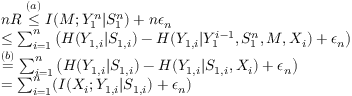
\begin{array} { r l } & { n R \overset { ( a ) } { \leq } I ( M ; Y _ { 1 } ^ { n } | S _ { 1 } ^ { n } ) + n \epsilon _ { n } } \\ & { \leq \sum _ { i = 1 } ^ { n } \big ( H ( Y _ { 1 , i } | S _ { 1 , i } ) - H ( Y _ { 1 , i } | Y _ { 1 } ^ { i - 1 } , S _ { 1 } ^ { n } , M , X _ { i } ) + \epsilon _ { n } \big ) } \\ & { \overset { ( b ) } { = } \sum _ { i = 1 } ^ { n } \big ( H ( Y _ { 1 , i } | S _ { 1 , i } ) - H ( Y _ { 1 , i } | S _ { 1 , i } , X _ { i } ) + \epsilon _ { n } \big ) } \\ & { = \sum _ { i = 1 } ^ { n } ( I ( X _ { i } ; Y _ { 1 , i } | S _ { 1 , i } ) + \epsilon _ { n } ) } \end{array}